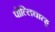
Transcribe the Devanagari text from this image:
पोल्लिचात्हू